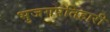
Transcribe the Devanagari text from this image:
भुजगपतिहारी